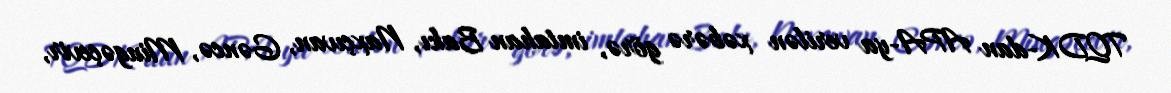
TQDK-dan APA-ya verilən xəbərə görə, imtahan Bakı, Naxçıvan, Gəncə, Mingəçevir,